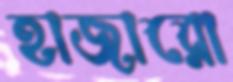
হাজারো